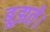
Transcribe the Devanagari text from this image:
बूझते।